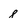
Character: 8